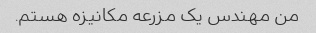
من مهندس یک مزرعه مکانیزه هستم.